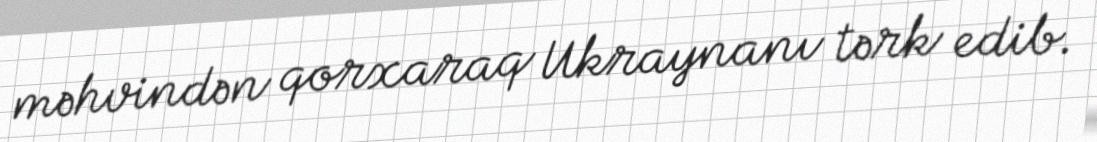
məhvindən qorxaraq Ukraynanı tərk edib.